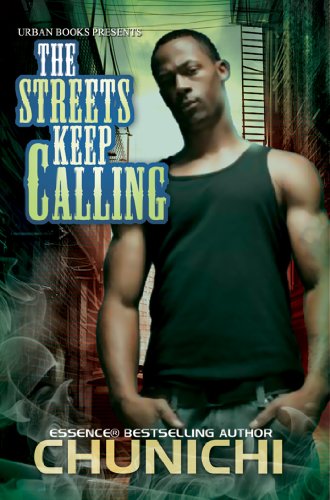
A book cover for The Streets Keep Calling (Urban Books); Chunichi; Literature & Fiction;